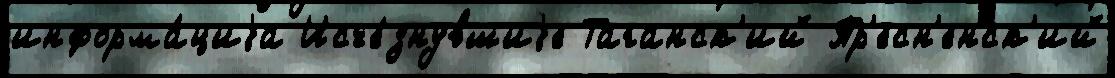
информа́циjа Исче́знувшиjе Таганск'ий Пр'есн'енск'ий